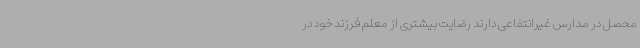
محصل در مدارس غیرانتفاعی دارند رضایت بیشتری از معلم فرزند خود در